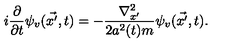
i \frac { \partial } { \partial t } \psi _ { v } ( \vec { x ^ { \prime } } , t ) = - \frac { { \nabla } _ { x ^ { \prime } } ^ { 2 } } { 2 a ^ { 2 } ( t ) m } \psi _ { v } ( \vec { x ^ { \prime } } , t ) .